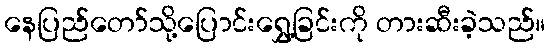
နေပြည်တော်သို့ပြောင်းရွှေ့ခြင်းကို တားဆီးခဲ့သည်။